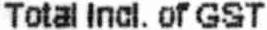
TOTAL INCL. OF GST